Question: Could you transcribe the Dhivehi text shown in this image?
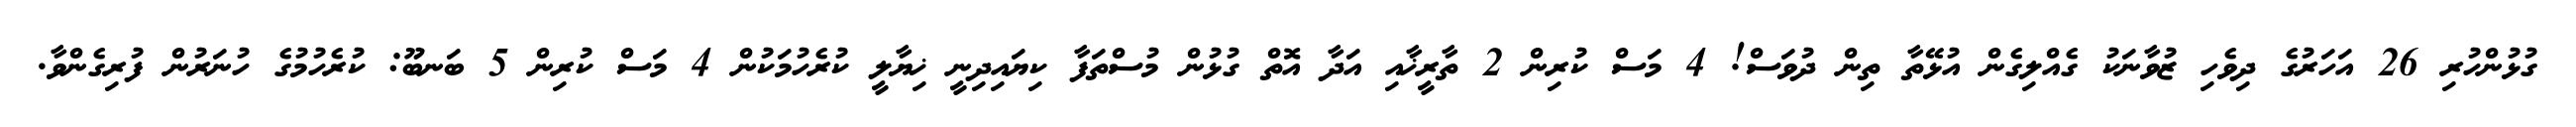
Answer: ގުޅުންހުރި 26 އަހަރުގެ ދިވެހި ޒުވާނަކު ގެއްލިގެން އުޅޭތާ ތިން ދުވަސް! 4 މަސް ކުރިން 2 ތާރީޚާއި އަދާ އޮތް ގުޅުން މުސްތަފާ ކިޔައިދިނީ ޚިޔާލީ ކުރެހުމަކުން 4 މަސް ކުރިން 5 ބަނބޫ: ކުރެހުމުގެ ހުނަރުން ފުރިގެންވާ.